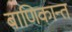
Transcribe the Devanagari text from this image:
बाणिकान्त